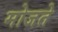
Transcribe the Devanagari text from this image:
मोजते